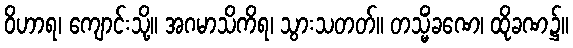
ဝိဟာရ၊ ကျောင်းသို့။ အဂမာသိကိရ၊ သွားသတတ်။ တသ္မိံခဏေ၊ ထိုခဏ၌။